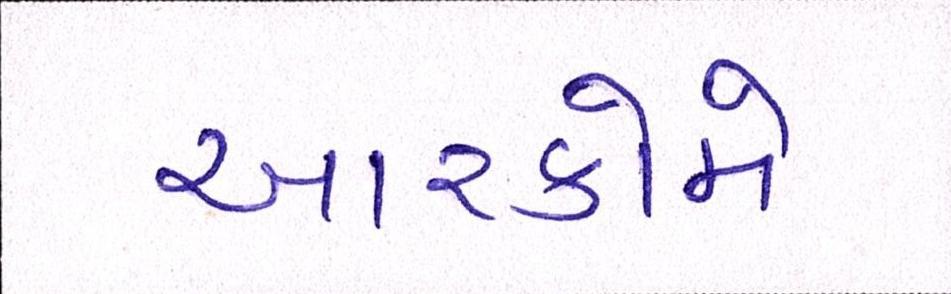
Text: આરકોમે